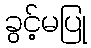
ခွင့်မပြု